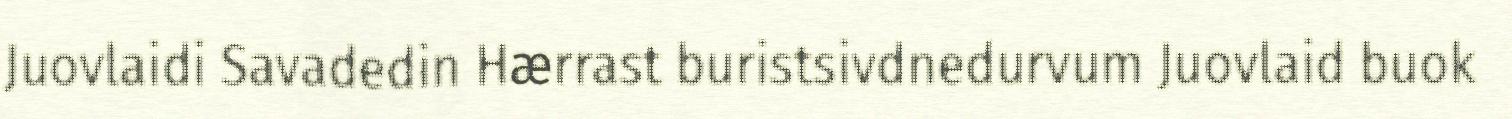
Juovlaidi Savadedin Hærrast buristsivdnedurvum Juovlaid buok